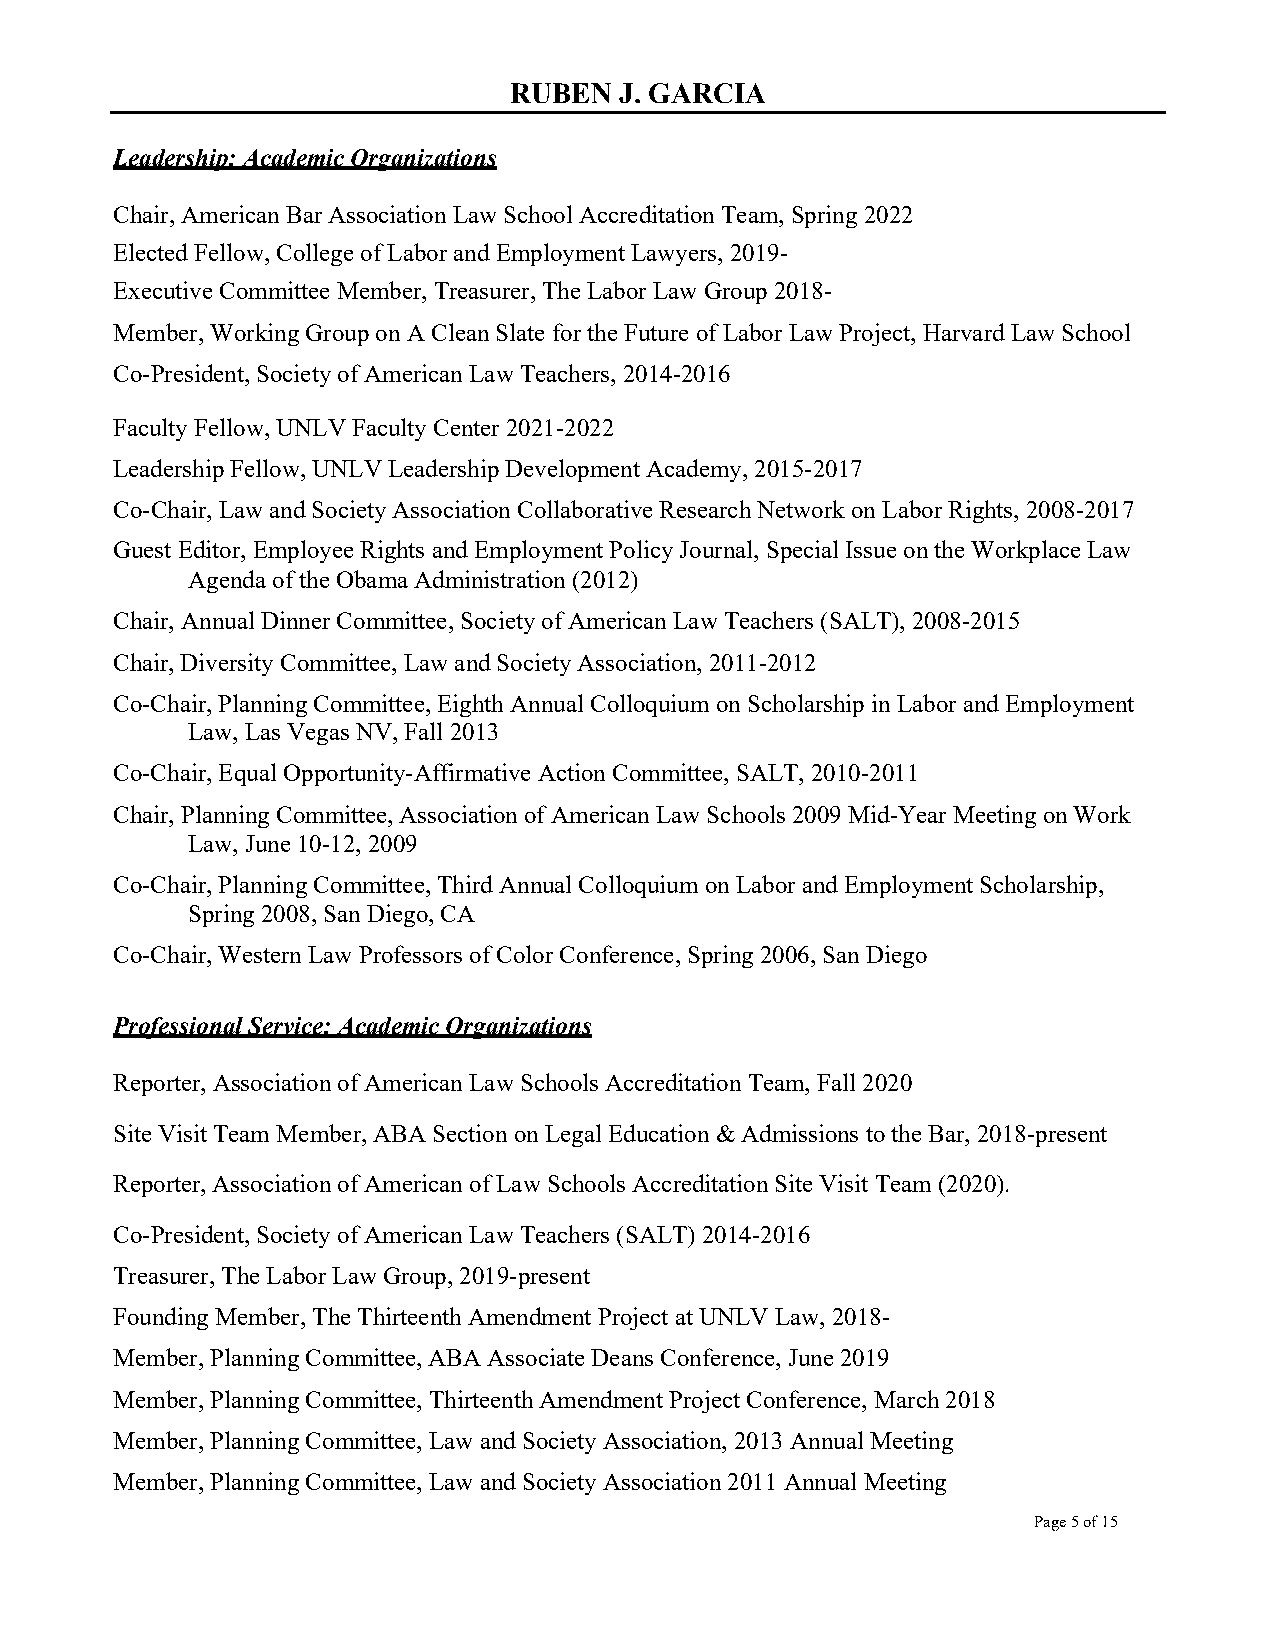
RUBEN  J. GARCIA
 Leadership: Academic Organizations
 Chair, American Bar Association Law School Accreditation Team, Spring 2022
 Elected Fellow, College of Labor and Employment Lawyers, 2019-
 Executive Committee Member, Treasurer, The Labor Law Group 2018-
 Member, Working Group on A Clean Slate for the Future of Labor Law Project, Harvard Law School
 Co-President, Society of American Law Teachers, 2014-2016
 Faculty Fellow, UNLV Faculty Center 2021-2022
 Leadership Fellow, UNLV Leadership Development Academy, 2015-2017
 Co-Chair, Law and Society Association Collaborative Research Network on Labor Rights, 2008-2017
 Guest Editor, Employee Rights and Employment Policy Journal, Special Issue on the Workplace Law
 Agenda of the Obama Administration (2012)
 Chair, Annual Dinner Committee, Society of American Law Teachers (SALT), 2008-2015
 Chair, Diversity Committee, Law and Society Association, 2011-2012
 Co-Chair, Planning Committee, Eighth Annual Colloquium on Scholarship in Labor and Employment
 Law, Las Vegas NV, Fall 2013
 Co-Chair, Equal Opportunity-Affirmative Action Committee, SALT, 2010-2011
 Chair, Planning Committee, Association of American Law Schools 2009 Mid-Year Meeting on Work
 Law, June 10-12, 2009
 Co-Chair, Planning Committee, Third Annual Colloquium on Labor and Employment Scholarship,
 Spring 2008, San Diego, CA
 Co-Chair, Western Law Professors of Color Conference, Spring 2006, San Diego
 Professional Service: Academic Organizations
 Reporter, Association of American Law Schools Accreditation Team, Fall 2020
 Site Visit Team Member, ABA Section on Legal Education & Admissions to the Bar, 2018-present
 Reporter, Association of American of Law Schools Accreditation Site Visit Team (2020).
 Co-President, Society of American Law Teachers (SALT) 2014-2016
 Treasurer, The Labor Law Group, 2019-present
 Founding Member, The Thirteenth Amendment Project at UNLV Law, 2018-
 Member, Planning Committee, ABA Associate Deans Conference, June 2019
 Member, Planning Committee, Thirteenth Amendment Project Conference, March 2018
 Member, Planning Committee, Law and Society Association, 2013 Annual Meeting
 Member, Planning Committee, Law and Society Association 2011 Annual Meeting
 Page 5 of 15